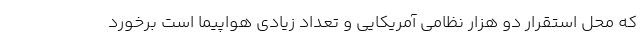
که محل استقرار دو هزار نظامی آمریکایی و تعداد زیادی هواپیما است برخورد